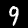
Label: 9